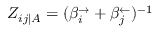
Z _ { i j | A } = ( \beta _ { i } ^ { \rightarrow } + \beta _ { j } ^ { \leftarrow } ) ^ { - 1 }